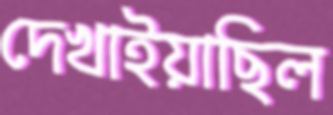
দেখাইয়াছিল